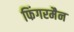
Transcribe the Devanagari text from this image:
फिंगरमैन